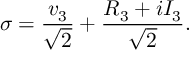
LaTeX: \sigma = \frac { v _ { 3 } } { \sqrt 2 } + \frac { R _ { 3 } + i I _ { 3 } } { \sqrt { 2 } } .